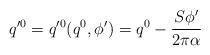
LaTeX: \begin{align*}q'^{0}=q'^{0}(q^{0},\phi')=q^{0}-\frac{S \phi'}{2\pi \alpha}\end{align*}